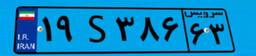
۶۰S۹۶۳۱۴